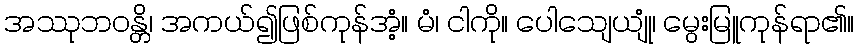
အဿုဘဝန္တိ၊ အကယ်၍ဖြစ်ကုန်အံ့။ မံ၊ ငါကို။ ပေါသျေယျုံ၊ မွေးမြူကုန်ရာ၏။